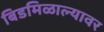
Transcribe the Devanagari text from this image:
बिडमिळाल्यावर